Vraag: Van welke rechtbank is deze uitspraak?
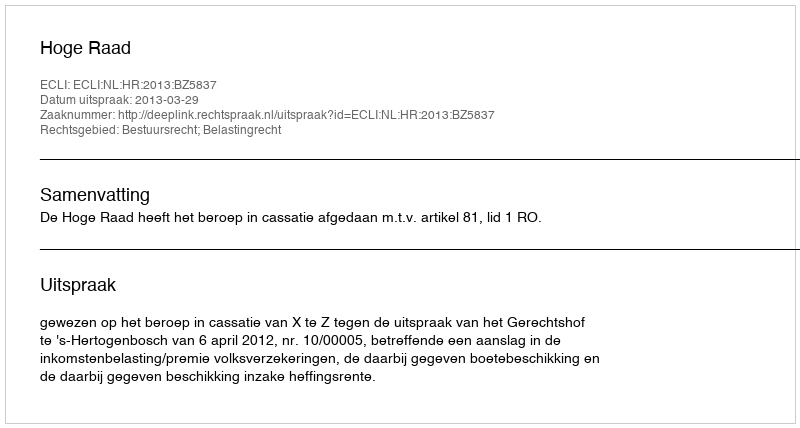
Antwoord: Hoge Raad